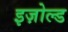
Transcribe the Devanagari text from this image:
इज़ोल्ड